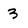
Character: 3